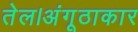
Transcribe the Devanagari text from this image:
तेल।अंगूठाकार